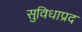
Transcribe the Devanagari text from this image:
सुविधाप्रद